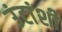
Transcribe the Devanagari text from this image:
उंटांशी